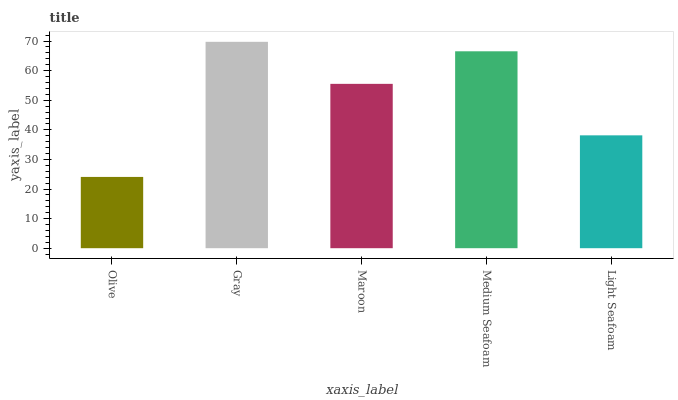
| xaxis_label | bars |
 | --- | --- |
 | Olive | 24.1 |
 | Gray | 69.8 |
 | Maroon | 55.5 |
 | Medium Seafoam | 66.6 |
 | Light Seafoam | 38.1 |